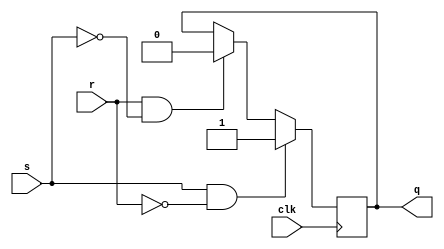
module sr_flip_flop (
    input clk,
    input s,
    input r,
    output reg q
);

always @(posedge clk) begin
    if (s && !r) begin
        q <= 1;
    end else if (r && !s) begin
        q <= 0;
    end
    // else maintain current output
end

endmodule